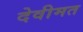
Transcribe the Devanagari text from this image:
देवीमत